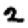
Digit: 2